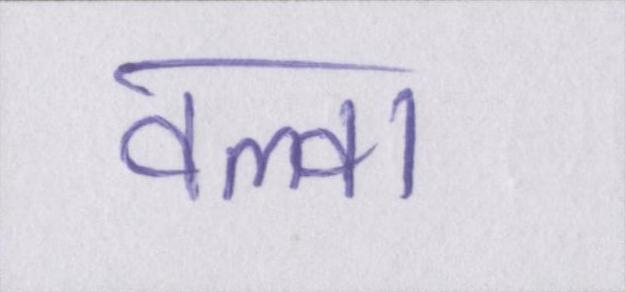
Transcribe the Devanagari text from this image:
वल्वा